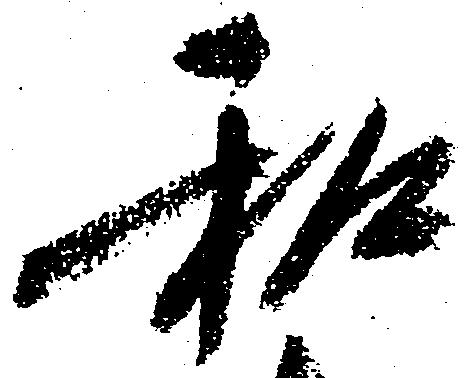
和